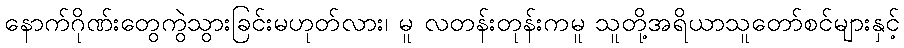
နောက်ဂိုဏ်းတွေကွဲသွားခြင်းမဟုတ်လား၊ မူ လတန်းတုန်းကမူ သူတို့အရိယာသူတော်စင်များနှင့်